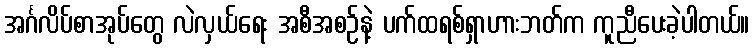
အင်္ဂလိပ်စာအုပ်တွေ လဲလှယ်ရေး အစီအစဉ်နဲ့ ပက်ထရစ်ရှာဟားဘတ်က ကူညီပေးခဲ့ပါတယ်။